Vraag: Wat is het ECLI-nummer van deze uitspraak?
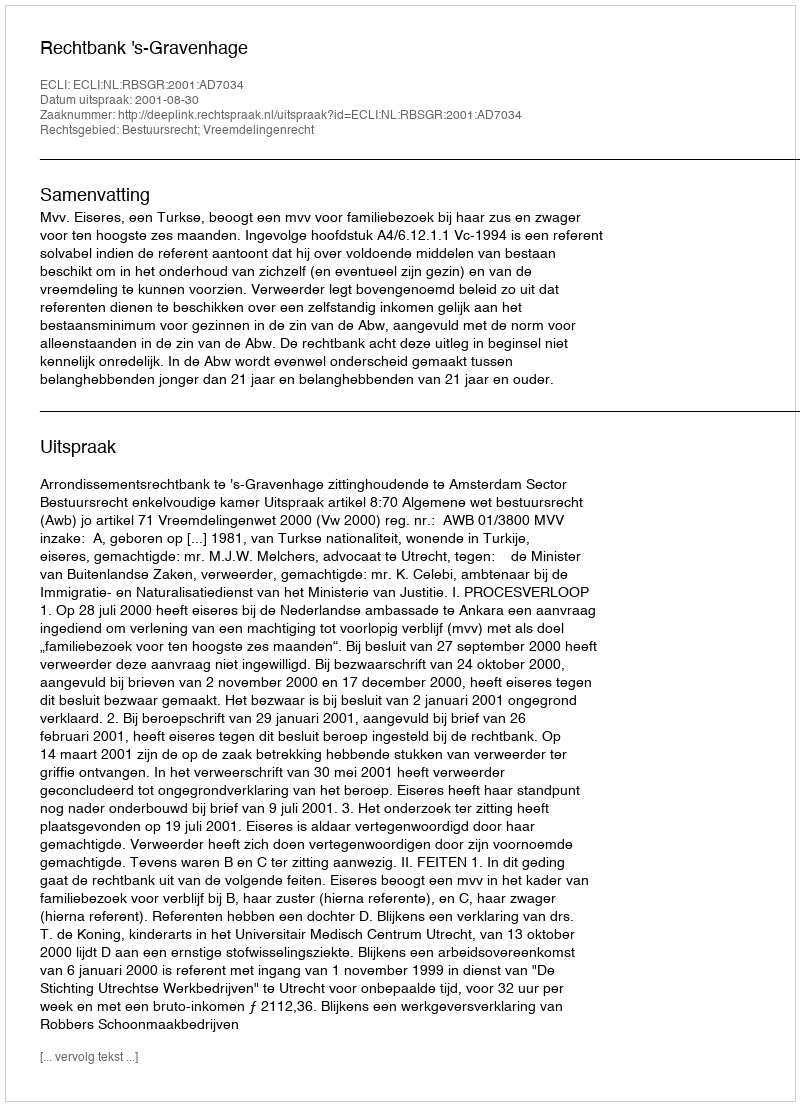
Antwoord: ECLI:NL:RBSGR:2001:AD7034